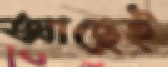
আছেই